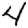
Digit: 4